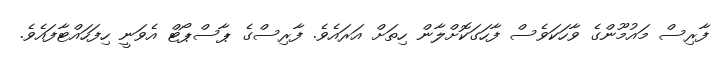
ފާރިސް މައުމޫންގެ ވާހަކަވެސް ފާހަގަކޮށްލާން ހިތަށް އަރައެވެ. ފާރިސްގެ ޕާސްޕޯޓް އެވަނީ ހިފަހައްޓާފައެވެ.